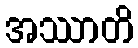
အဿာတိ